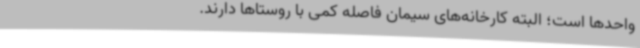
واحدها است؛ البته کارخانه‌های سیمان‌ فاصله کمی با روستاها دارند.